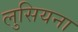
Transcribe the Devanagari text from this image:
लुसियना